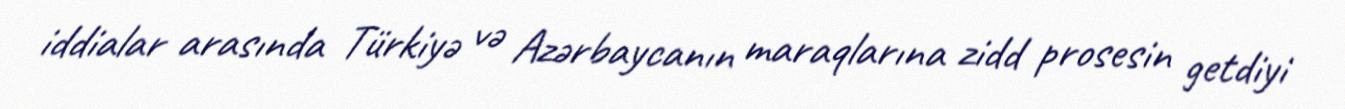
iddialar arasında Türkiyə və Azərbaycanın maraqlarına zidd prosesin getdiyi